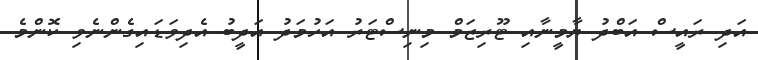
އަދި ރައީސް އަބްދު ޔާމީނާއި ޓޫރިޒަމް މިނިސްޓަރު އަހުމަދު އަދީބު އެދިވަޑައިގެންނެވި ކޮންމެ